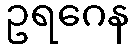
ဥရဂေန